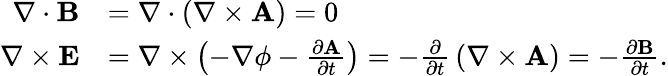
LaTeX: {\begin{array}{rl}{\nabla\cdot\mathbf{B}}&{=\nabla\cdot\left(\nabla\times\mathbf{A}\right)=0}\\ {\nabla\times\mathbf{E}}&{=\nabla\times\left(-\nabla\phi-{\frac{\partial\mathbf{A}}{\partial t}}\right)=-{\frac{\partial}{\partial t}}\left(\nabla\times\mathbf{A}\right)=-{\frac{\partial\mathbf{B}}{\partial t}}.}\end{array}}